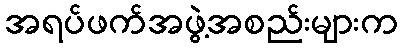
အရပ်ဖက်အဖွဲ့အစည်းများက